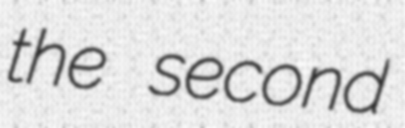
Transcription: the second